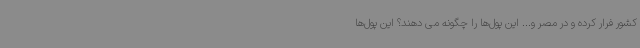
کشور فرار کرده و در مصر و... این پول‌ها را چگونه می دهند؟ این پول‌ها